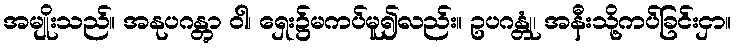
အမျိုးသည်။ အနုပဂန္တွာ ဝါ၊ ရှေး၌မကပ်မူ၍လည်း။ ဥပဂန္တုံ၊ အနီးသို့ကပ်ခြင်းငှာ။